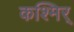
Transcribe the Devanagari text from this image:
कश्मिर्